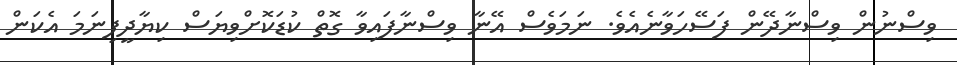
ވިސްނުން ވިސްނާދޭން ފަސޭހަވާނެއެވެ. ނަމަވެސް އޭނާ ވިސްނާފައިވާ ގޮތް ކުޑަކޮށްވިޔަސް ކިޔާދީފިނަމަ އެކަން